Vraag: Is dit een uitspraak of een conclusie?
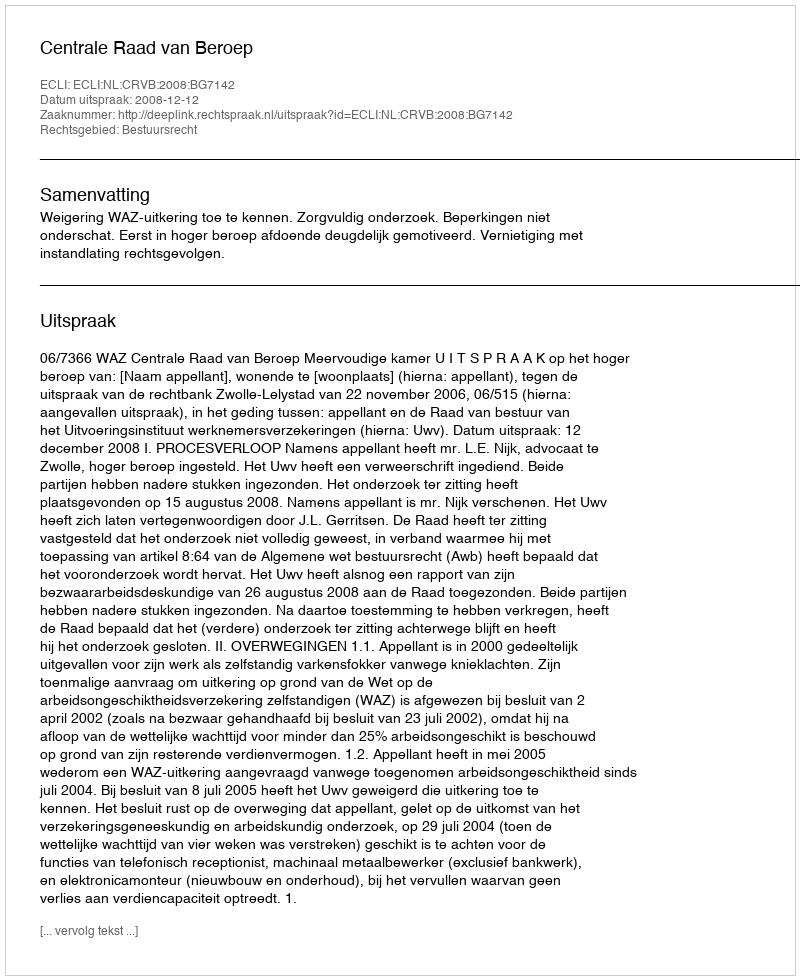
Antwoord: Uitspraak